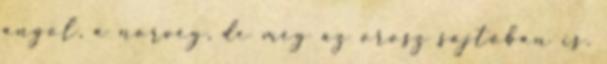
angol, a norvég, de még az orosz sajtóban is.